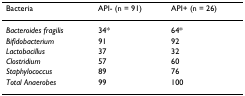
<table><thead><tr><td><b>Bacteria</b></td><td><b>API- (n = 91)</b></td><td><b>API+ (n = 26)</b></td></tr></thead><tbody><tr><td><i>Bacteroides fragilis</i></td><td>34*</td><td>64*</td></tr><tr><td><i>Bifidobacterium</i></td><td>91</td><td>92</td></tr><tr><td><i>Lactobacillus</i></td><td>37</td><td>32</td></tr><tr><td><i>Clostridium</i></td><td>57</td><td>60</td></tr><tr><td><i>Staphylococcus</i></td><td>89</td><td>76</td></tr><tr><td><i>Total Anaerobes</i></td><td>99</td><td>100</td></tr></tbody></table>